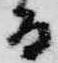
而